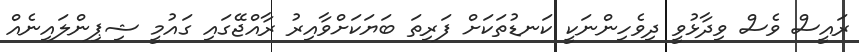
ރައީސް ވެސް ވިދާޅުވީ ދިވެހިންނަކީ ކަނޑުތަކަށް ފަރިތަ ބަޔަކަށްވާއިރު ރާއްޖޭގައި ގައުމީ ޝިޕިންލައިނެއް